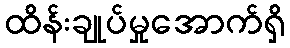
ထိန်းချုပ်မှုအောက်ရှိ